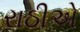
રાઠીએ